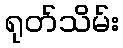
ရုတ်သိမ်း